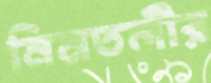
নিমতলীর